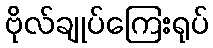
ဗိုလ်ချုပ်ကြေးရုပ်